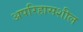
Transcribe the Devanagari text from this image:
अपरिहासशील